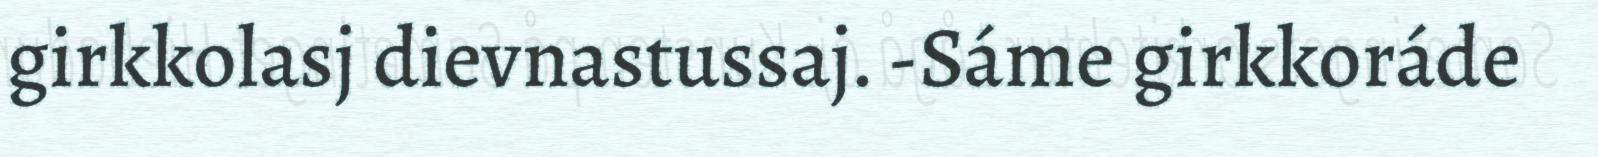
girkkolasj dievnastussaj. -Sáme girkkoráde